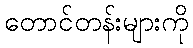
တောင်တန်းများကို